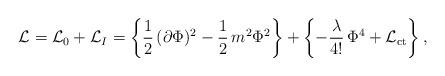
LaTeX: \begin{align*}{\cal L} = {\cal L}_0 + {\cal L}_I=\left\{\frac{1}{2}\,(\partial\Phi)^2-\frac{1}{2}\,m^2\Phi^2\right\}+\left\{-\frac{\lambda}{4!}\,\Phi^4+{\cal L}_{\rm ct}\right\},\end{align*}